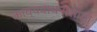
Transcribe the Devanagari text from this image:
काव्यवाचनासाठी